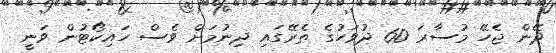
ދޭން ޖެހޭ މުސާރަ 60 ދުވަހުގެ ތެރޭގައި ދިނުމަށް ވެސް ހައިކޯޓުން ވަނީ